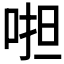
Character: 𠵆